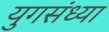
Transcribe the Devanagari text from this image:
युगसंध्या